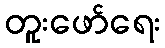
တူးဖော်ရေး